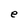
Character: e